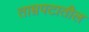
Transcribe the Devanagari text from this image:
ताम्रपटातील